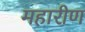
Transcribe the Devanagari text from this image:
महारीण